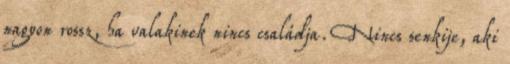
nagyon rossz, ha valakinek nincs családja. Nincs senkije, aki